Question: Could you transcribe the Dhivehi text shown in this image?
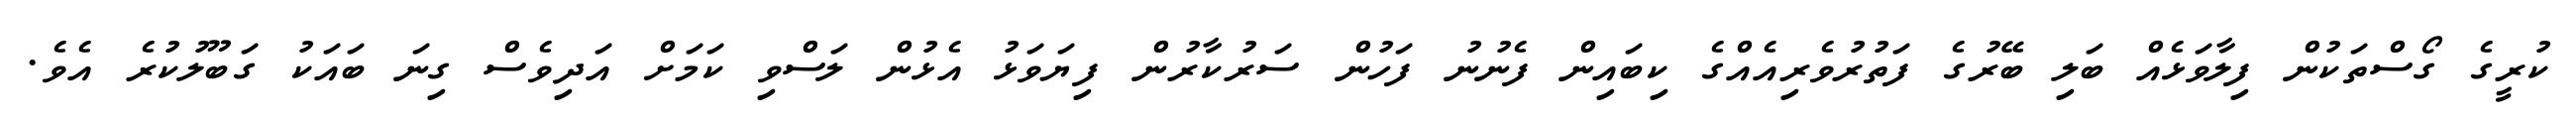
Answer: ކުރީގެ ގޯސްތަކުން ފިލާވަޅެއް ބަލި ބޭރުގެ ފަތުރުވެރިއެއްގެ ކިބައިން ފެނުނު ފަހުން ސަރުކާރުން ފިޔަވަޅު އެޅުން ލަސްވި ކަމަށް އަދިވެސް ގިނަ ބައަކު ގަބޫލުކުރެ އެވެ.